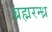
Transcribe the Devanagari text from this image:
ब्रह्मरन्ध्र